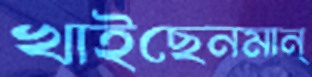
খাইছেনমান্